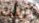
برينت